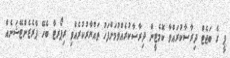
ޕީ ގެ ބަޖެޓް ދިރާސާކުރައްވާ ކޮމެޓީން ދިރާސާކުރެއްވުމަށްފަހު ތައްޔާރުކުރެއްވި ރިޕޯރޓާ ބެހޭ ޕްރެޒެންޓޭޝަނެއް